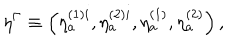
LaTeX: \eta ^ { \Gamma } \equiv \left( \eta _ { a } ^ { ( 1 ) i } , \eta _ { a } ^ { ( 2 ) i } , \eta _ { a } ^ { ( 1 ) } , \eta _ { a } ^ { ( 2 ) } \right) ,